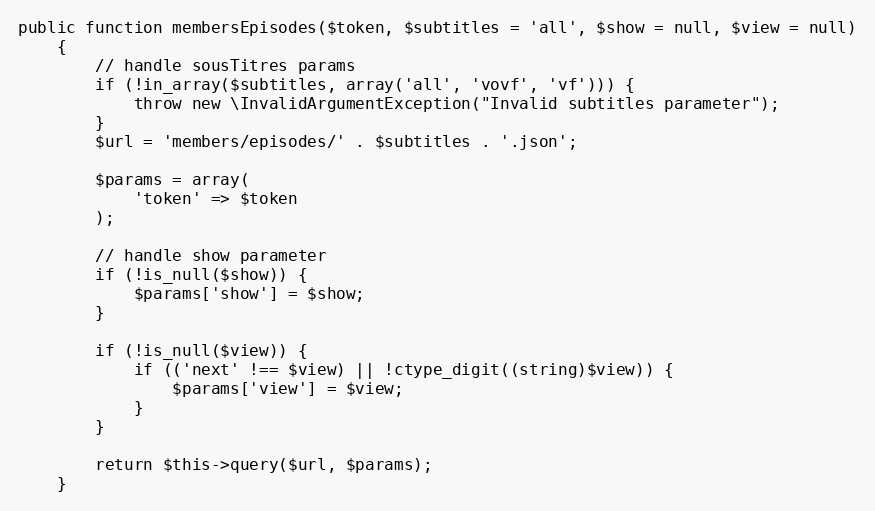
Language: PHP
public function membersEpisodes($token, $subtitles = 'all', $show = null, $view = null)
    {
        // handle sousTitres params
        if (!in_array($subtitles, array('all', 'vovf', 'vf'))) {
            throw new \InvalidArgumentException("Invalid subtitles parameter");
        }
        $url = 'members/episodes/' . $subtitles . '.json';

        $params = array(
            'token' => $token
        );

        // handle show parameter
        if (!is_null($show)) {
            $params['show'] = $show;
        }

        if (!is_null($view)) {
            if (('next' !== $view) || !ctype_digit((string)$view)) {
                $params['view'] = $view;
            }
        }

        return $this->query($url, $params);
    }